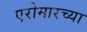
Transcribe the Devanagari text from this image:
एरोमारच्या